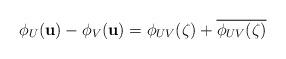
LaTeX: \begin{align*}\phi_U(\mathbf{u}) - \phi_V(\mathbf{u}) = \phi_{UV}(\zeta) + \overline{\phi_{UV}(\zeta)}\end{align*}